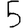
Digit: 5